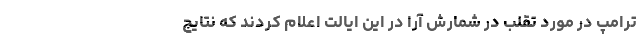
ترامپ در مورد تقلب در شمارش آرا در این ایالت اعلام کردند که نتایج